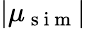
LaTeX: |\mu_{\mathrm{~s~i~m~}}|